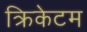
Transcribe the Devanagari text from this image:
क्रिकेटम